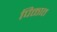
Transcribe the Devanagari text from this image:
पिक्तात